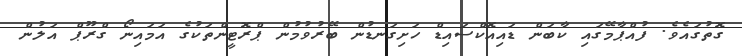
ގޮތުގައެވެ. ފުއްޕާމޭގައި ކާބަން ޑައިއޮކްސައިޑް ހަށިގަނޑުން ބޭރުވުމުން ޕްރޮޓީންތަކުގެ އަމައިނޯ ގްރޫޕް އަލުން